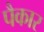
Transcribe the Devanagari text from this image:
पैकार